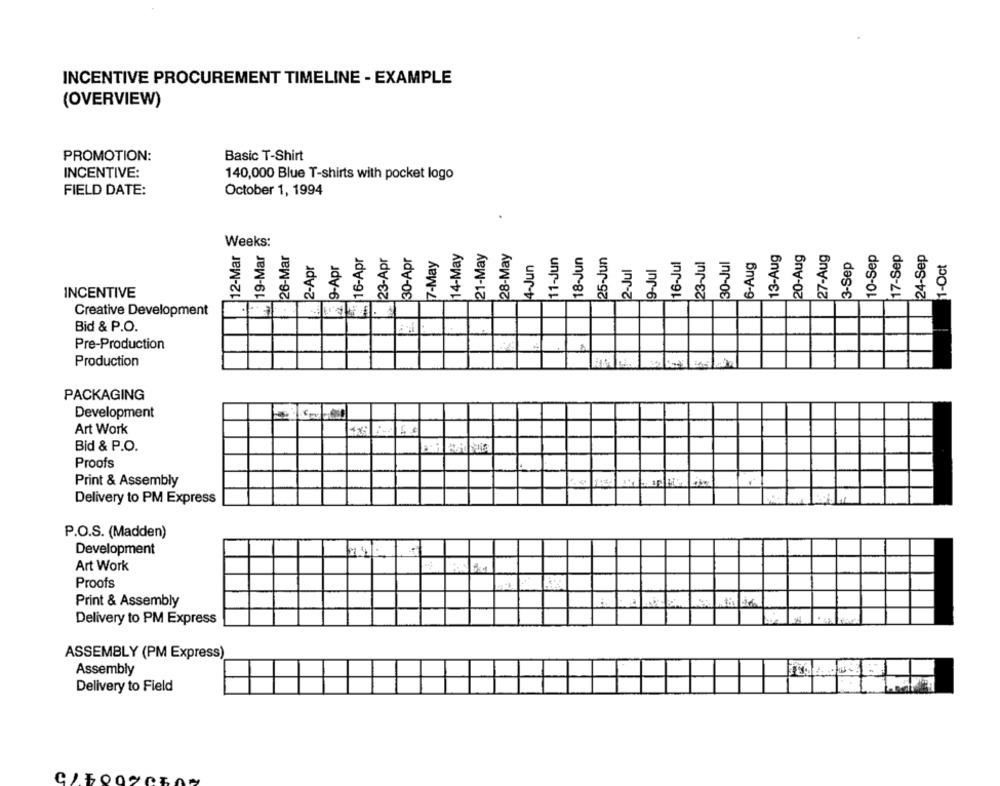
INCENTIVE PROCUREMENT TIMELINE - EXAMPLE
(OVERVIEW)
PROMOTION:
Basic T-Shirt
INCENTIVE:
140,000 Blue T-shirts with pocket logo
FIELD DATE:
October 1, 1994
19-Mar
Weeks:
12-Mar
26-Mar
$16-Apr
23-Apr
30-Apr
14-May
21-May
28-May
11-Jun
18-Jun
25-Jun
13-Aug
20-Aug
27-Aug
10-Sep
17-Sep
24-Sep
2-Apr
:9-Apr
7-May
23-Jul
30-Jul
6-Aug
3-Sep
1-Oct
2-Jul
9-Jul
3
3
INCENTIVE
Creative Development
Bid & P.O.
Pre-Production
Production
PACKAGING
Development
Art Work
Bid & P.O.
Proofs
Print & Assembly
Delivery to PM Express
P.O.S. (Madden)
Development
Art Work
Proofs
Print & Assembly
Delivery to PM Express
ASSEMBLY (PM Express
Assembly
Delivery to Field